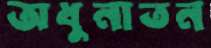
অধুনাতন